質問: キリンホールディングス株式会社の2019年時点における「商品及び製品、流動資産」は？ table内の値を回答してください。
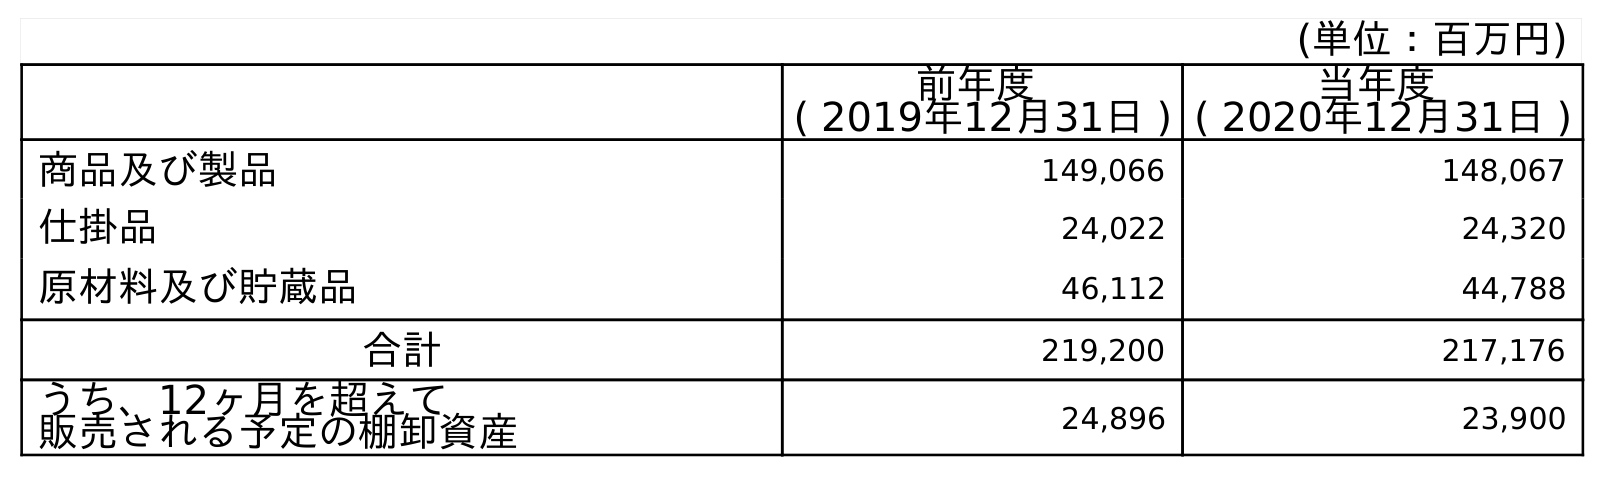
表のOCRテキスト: (単位：百万円) 前年度 ( 2019年12月31日 ) 当年度 ( 2020年12月31日 ) 商品及び製品 149,066 148,067 仕掛品 24,022 24,320 原材料及び貯蔵品 46,112 44,788 合計 219,200 217,176 うち、12ヶ月を超えて 販売される予定の棚卸資産 24,896 23,900
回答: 149,066